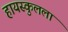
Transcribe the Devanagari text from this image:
हायस्कुलला